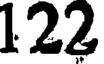
122